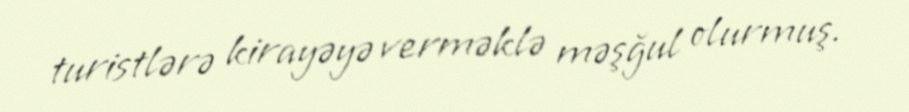
turistlərə kirayəyə verməklə məşğul olurmuş.